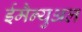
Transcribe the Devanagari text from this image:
ईमैन्युअल